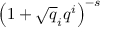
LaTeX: \left( 1 + { \sqrt { q } } _ { i } q ^ { i } \right) ^ { - s }